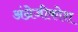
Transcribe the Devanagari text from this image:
अंग्रेजीकोश